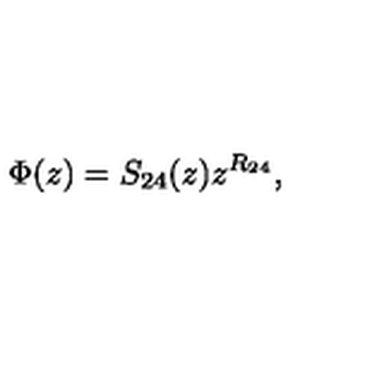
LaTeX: \Phi ( z ) = S _ { 2 4 } ( z ) z ^ { R _ { 2 4 } } ,